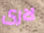
لارى